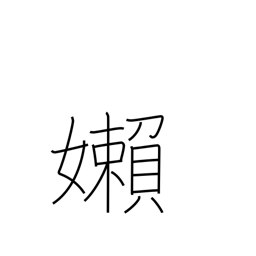
Meaning: languid